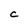
Character: c